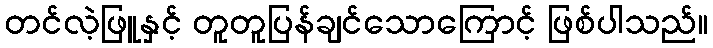
တင်လဲ့ဖြူနှင့် တူတူပြန်ချင်သောကြောင့် ဖြစ်ပါသည်။